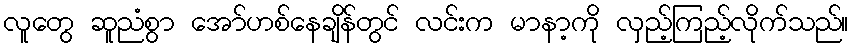
လူတွေ ဆူညံစွာ အော်ဟစ်နေချိန်တွင် လင်းက မာနာ့ကို လှည့်ကြည့်လိုက်သည်။